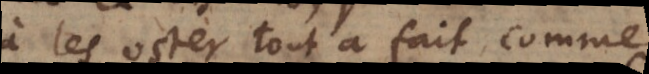
à les oster tout à fait, comme